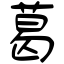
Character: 葛